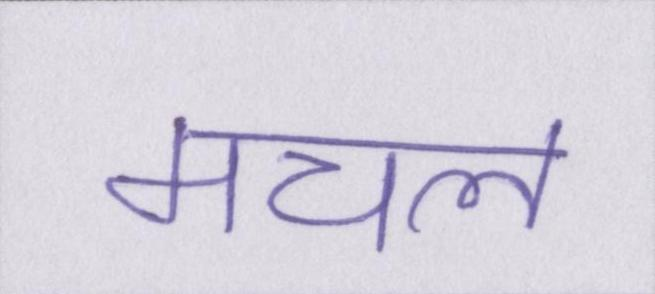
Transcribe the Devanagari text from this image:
मचल